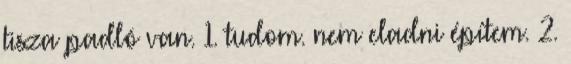
tisza padló van. 1. tudom. nem eladni építem. 2.